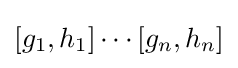
[g_{1},h_{1}]\cdots [g_{n},h_{n}]